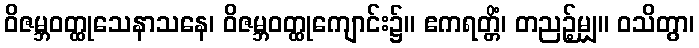
ဝိဇမ္ဘဝတ္ထုသေနာသနေ၊ ဝိဇမ္ဘဝတ္ထုကျောင်း၌။ ဧကရတ္တိံ၊ တညဉ့်မျှ။ ဝသိတွာ၊